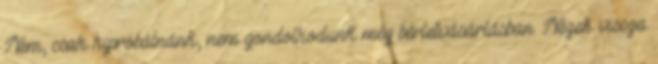
Nem, csak kipróbálnánk, nem gondolkodunk még bérletvásárlásban. Nézek vissza